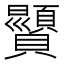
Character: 𫎥